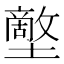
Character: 𡒱